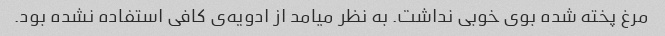
مرغ پخته شده بوی خوبی نداشت. به نظر میامد از ادویه‌ی کافی استفاده نشده بود.